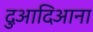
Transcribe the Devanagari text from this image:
दुआदिआना